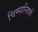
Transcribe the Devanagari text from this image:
चिम्पान्ज़ियों